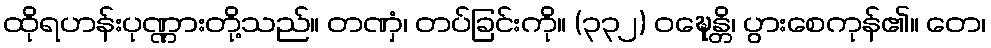
ထိုရဟန်းပုဏ္ဏားတို့သည်။ တဏှံ၊ တပ်ခြင်းကို။ (၃၃၂) ဝဍ္ဎေန္တိ၊ ပွားစေကုန်၏။ တေ၊